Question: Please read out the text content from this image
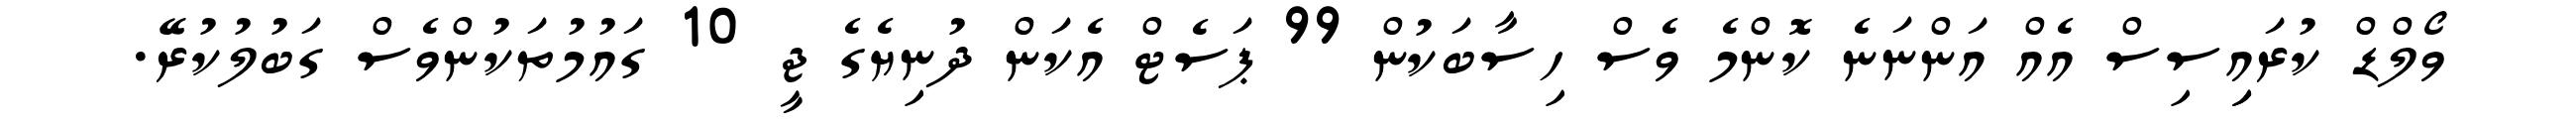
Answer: ވޯލްޑް ކުރައިިސިސް އެއް އަންނަނެ ކޮންމެ ވެސް ހިސާބަކުން 99 ޕަސެޓް އެކަން ދުނިޔެގެ ޖީ 10 ގައުމުތަކުންވެސް ގަބުލުކުރޭ.